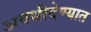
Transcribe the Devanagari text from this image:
अवधीदेण्यात